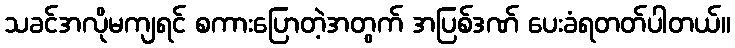
သခင်အလိုမကျရင် စကားပြောတဲ့အတွက် အပြစ်ဒဏ် ပေးခံရတတ်ပါတယ်။